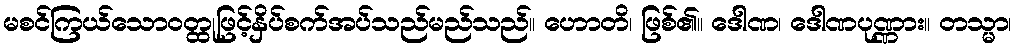
မစင်ကြယ်သောဝတ္ထုဖြင့်နှိပ်စက်အပ်သည်မည်သည်။ ဟောတိ၊ ဖြစ်၏။ ဒေါဏ၊ ဒေါဏပုဏ္ဏား။ တသ္မာ၊